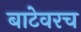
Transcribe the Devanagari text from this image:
बाटेवरच